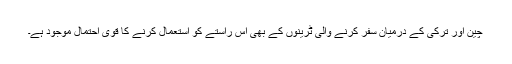
چین اور ترکی کے درمیان سفر کرنے والی ٹرینوں کے بھی اس راستے کو استعمال کرنے کا قوی احتمال موجود ہے۔